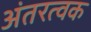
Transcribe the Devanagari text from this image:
अंतरत्‍वक